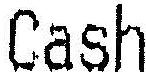
CASH